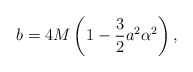
\begin{align*}b=4M\left(1-\frac{3}{2}a^2\alpha^2\right), \end{align*}